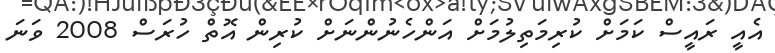
އެއީ ރައީސް ކަމަށް ކުރިމަތިލުމަށް އަންހެނުންނަށް ކުރިން އޮތް ހުރަސް 2008 ވަނަ